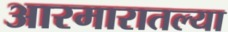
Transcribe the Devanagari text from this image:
आरमारातल्या